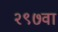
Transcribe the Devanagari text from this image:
२९७वा